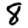
Digit: 8